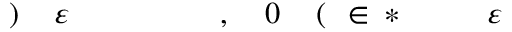
\! \! \! \! \! \! \! \! \! \! \! \varepsilon \! \! \! \! \! \! \! \! \! \! \! \! ^ { \! } \! \! \! \! \! \! \! \! \! \! \! * \! \! \! \! \! \! \! \! \! \! \! \! \in \! \! \! \! \! \! \! \! \! \! \! \! ( \! \! \! \! \! \! \! \! \! \! \! \! 0 \! \! \! \! \! \! \! \! \! \! \! \! , \! \! \! \! \! \! \! \! \! \! \! \! \overline { \! } \! \! \! \! \! \! \! \! \! \! \! \! \! \! \! \! \! \! \! \! \! \! \! \varepsilon \! \! \! \! \! \! \! \! \! \! \! \! ) \! \! \! \! \! \! \! \! \! \! \!